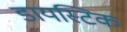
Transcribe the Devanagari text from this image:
डायस्टिक